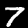
Digit: 7